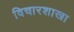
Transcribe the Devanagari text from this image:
विचारशाखा